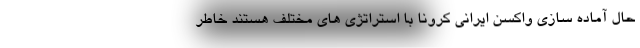
حال آماده سازی واکسن ایرانی کرونا با استراتژی های مختلف هستند خاطر